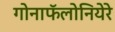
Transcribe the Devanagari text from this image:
गोनाफॅलोनियेरे